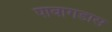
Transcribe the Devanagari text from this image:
पावागडास